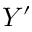
Y ^ { \prime }